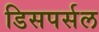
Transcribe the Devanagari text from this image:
डिसपर्सल